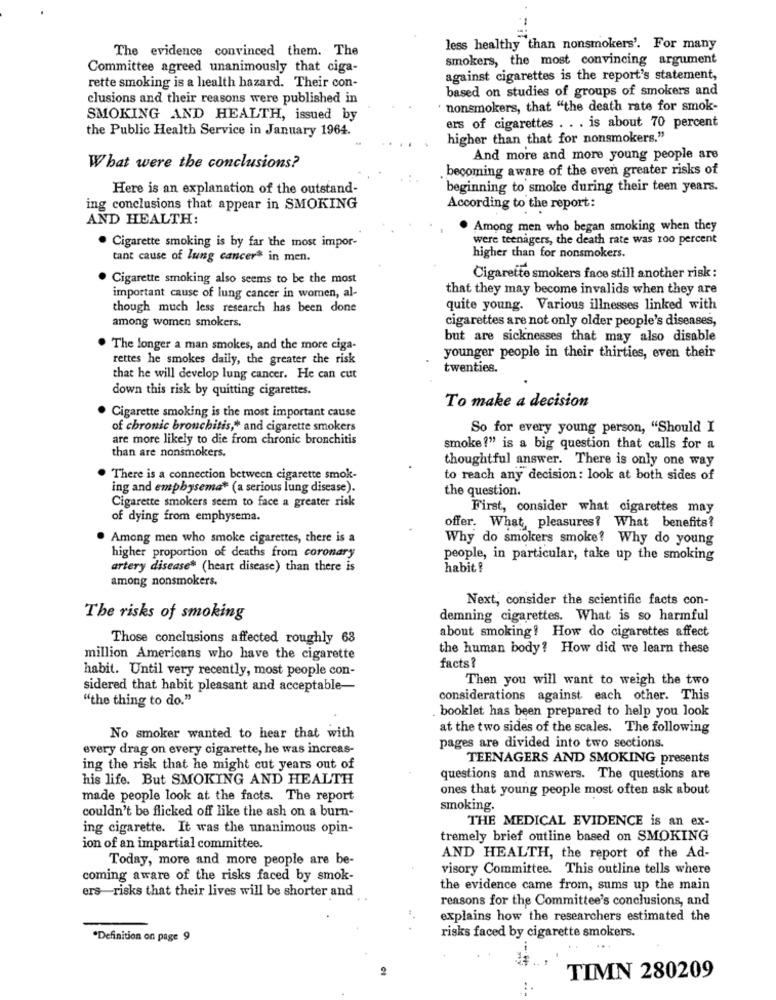
The evidence convinced them. The
less healthy than nonsmokers'. For many
smokers, the most convincing argument
Committee agreed unanimously that ciga-
rette smoking is a health hazard. Their con-
against cigarettes is the report's statement,
based on studies of groups of smokers and
clusions and their reasons were published in
nonsmokers, that "the death rate for smok-
SMOKING AND HEALTH, issued by
the Public Health Service in January 1964.
ers of cigarettes .. . is about 70 percent
higher than that for nonsmokers."
And more and more young people are
What were the conclusions?
becoming aware of the even greater risks of
Here is an explanation of the outstand-
beginning to smoke during their teen years.
ing conclusions that appear in SMOKING
According to the report:
AND HEALTH:
. Among men who began smoking when they
were teenagers, the death rate was 100 percent
. Cigarette smoking is by far the most impor-
tant cause of lung cancer* in men.
higher than for nonsmokers.
Cigarette smoking also seems to be the most
Cigarette smokers face still another risk :
that they may become invalids when they are
important cause of lung cancer in women, al-
though much less research has been done
quite young. Various illnesses linked with
among women smokers.
cigarettes are not only older people's diseases,
but are sicknesses that may also disable
The longer a man smokes, and the more ciga-
rettes he smokes daily, the greater the risk
younger people in their thirties, even their
twenties.
that he will develop lung cancer. He can cut
down this risk by quitting cigarettes.
To make a decision
Cigarette smoking is the most important cause
of chronic bronchitis," and cigarette smokers
So for every young person, "Should I
are more likely to die from chronic bronchitis
than are nonsmokers.
smoke?" is a big question that calls for a
thoughtful answer. There is only one way
There is a connection between cigarette smok-
to reach any decision: look at both sides of
ing and emphysema* (a serious lung disease).
the question.
Cigarette smokers seem to face a greater risk
First, consider what cigarettes may
of dying from emphysema.
offer. What, pleasures? What benefits?
Among men who smoke cigarettes, there is a
Why do smokers smoke? Why do young
higher proportion of deaths from coronary
people, in particular, take up the smoking
artery disease* (heart disease) than there is
habit !
among nonsmokers.
Next, consider the scientific facts con-
The risks of smoking
demning cigarettes. What is so harmful
about smoking! How do cigarettes affect
Those conclusions affected roughly 63
the human body? How did we learn these
million Americans who have the cigarette
facts?
habit. Until very recently, most people con-
Then you will want to weigh the two
sidered that habit pleasant and acceptable-
"the thing to do."
considerations against each other. This
booklet has been prepared to help you look
at the two sides of the scales. The following
No smoker wanted to hear that with
every drag on every cigarette, he was increas-
pages are divided into two sections.
TEENAGERS AND SMOKING presents
ing the risk that he might cut years out of
his life. But SMOKING AND HEALTH
questions and answers. The questions are
ones that young people most often ask about
made people look at the facts. The report
couldn't be flicked off like the ash on a burn-
smoking.
THE MEDICAL EVIDENCE is an ex-
ing cigarette. It was the unanimous opin-
tremely brief outline based on SMOKING
ion of an impartial committee.
Today, more and more people are be-
AND HEALTH, the report of the Ad-
visory Committee. This outline tells where
coming aware of the risks faced by smok-
ers-risks that their lives will be shorter and
the evidence came from, sums up the main
reasons for the Committee's conclusions, and
explains how the researchers estimated the
*Definition on page 9
risks faced by cigarette smokers.
2
TIMN 280209